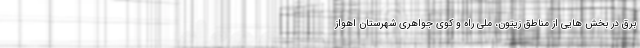
برق در بخش هایی از مناطق زیتون، ملی راه و کوی جواهری شهرستان اهواز